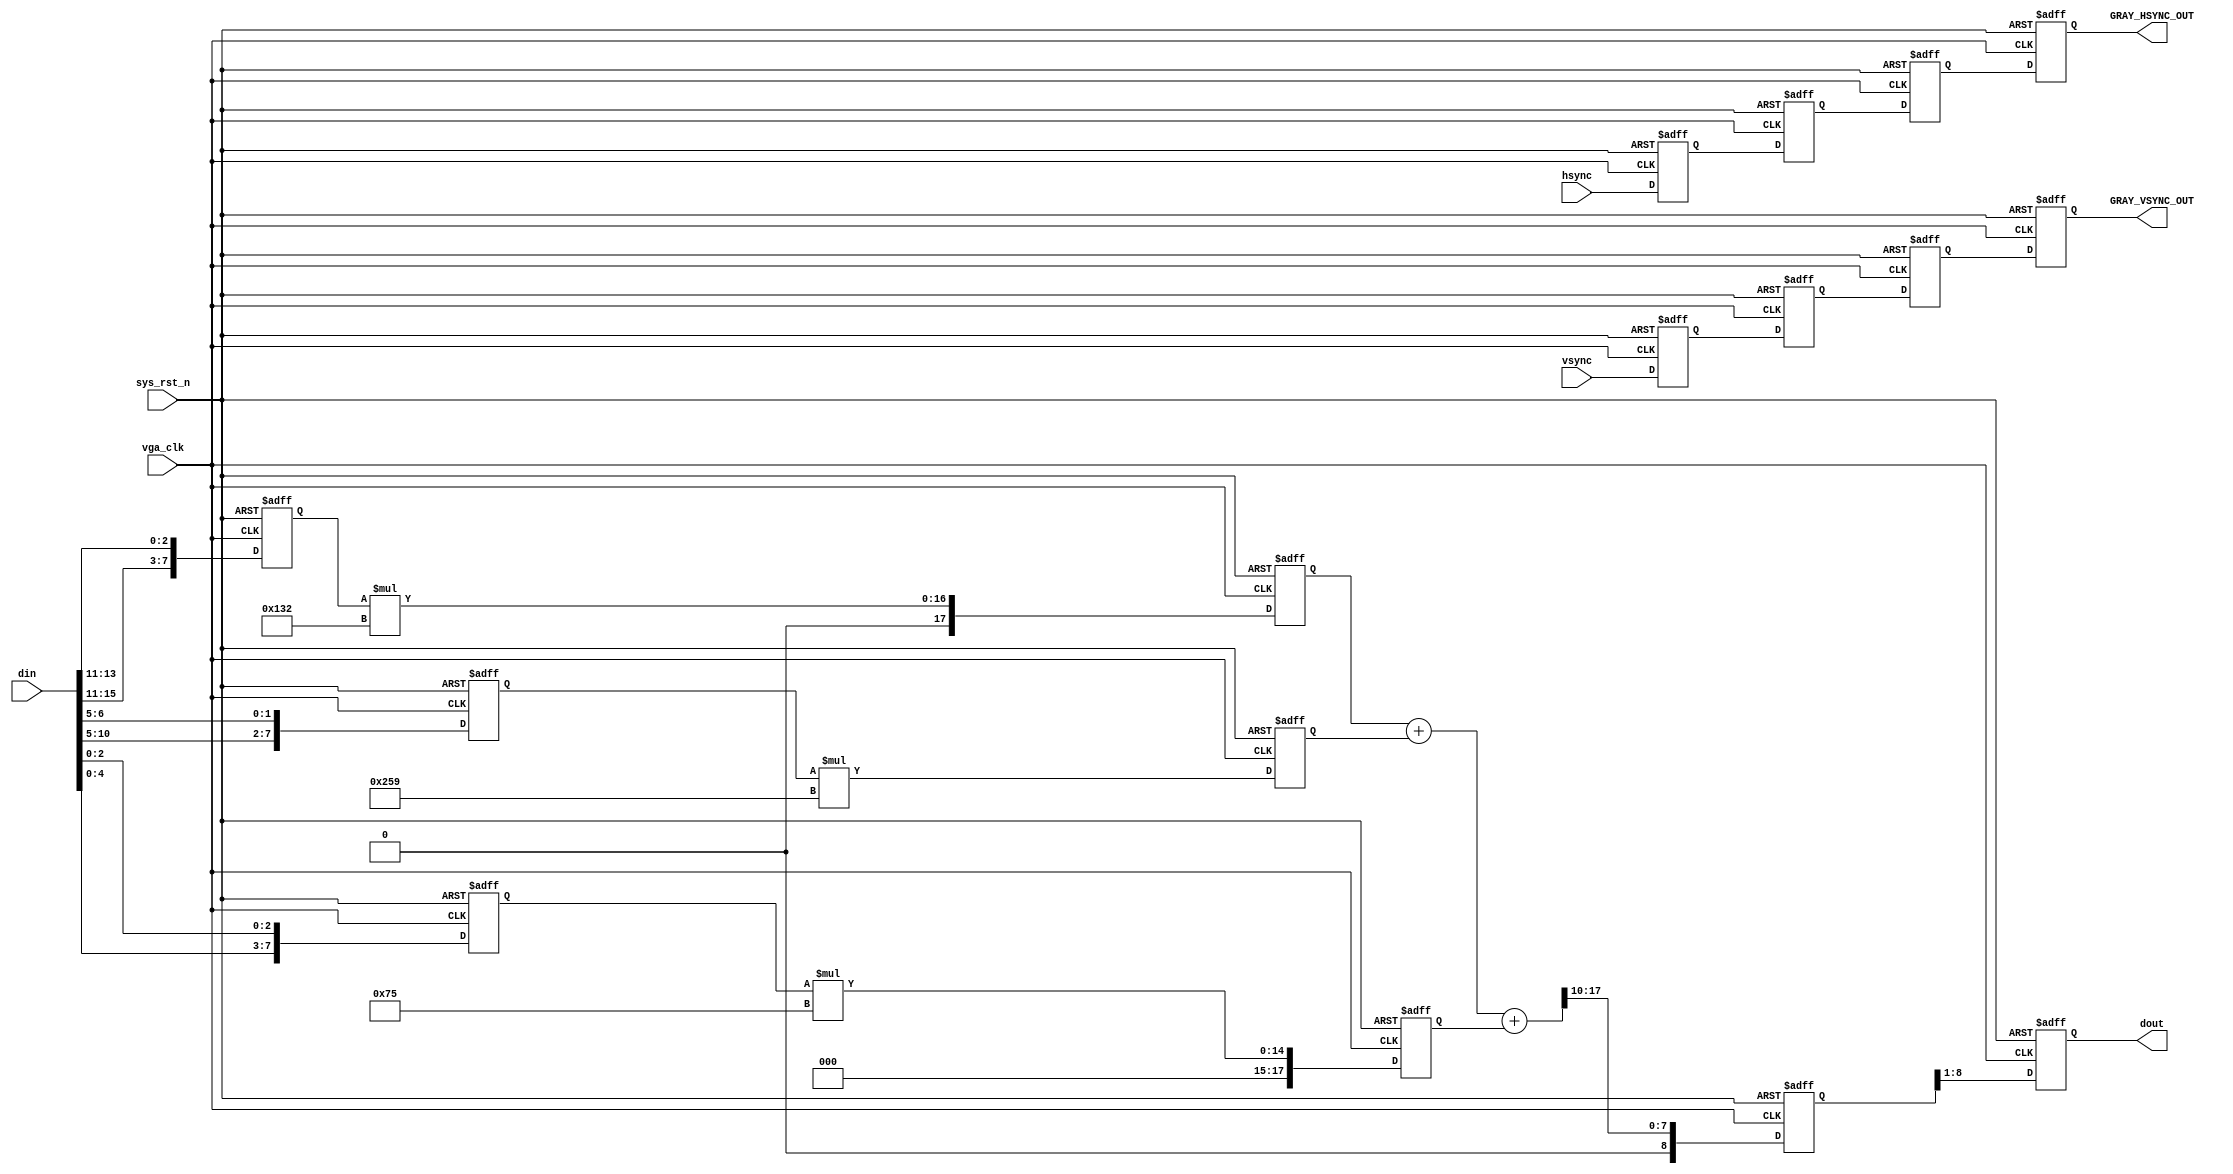

	module RGB_TO_GRAY
	(
		 input   wire            vga_clk     ,   //,25MHz
		 input   wire            sys_rst_n   ,   //,
		 
		 input   wire    [15:0]  din    ,   //
		 input  wire             hsync       ,   //
		 input  wire             vsync       ,   //
		 
		 output reg  [7:0]         dout,
		 output reg                GRAY_HSYNC_OUT,
		 output reg                GRAY_VSYNC_OUT
		 
	);

//////////delay 4 clocks///////////////////////////////////

	reg hsync_r1 = 1'b0;
	reg hsync_r2 = 1'b0;
	reg hsync_r3 = 1'b0;
	
	reg vsync_r1 = 1'b0;
	reg vsync_r2 = 1'b0;
	reg vsync_r3 = 1'b0;


	always @ (posedge vga_clk or negedge sys_rst_n)
	begin 
		if(~sys_rst_n)
			begin 
				hsync_r1 <= 1'b0;
				hsync_r2 <= 1'b0;
				hsync_r3 <= 1'b0;
				
				vsync_r1 <= 1'b0;
				vsync_r2 <= 1'b0;
				vsync_r3 <= 1'b0;
				
				GRAY_HSYNC_OUT <= 1'b0;
				GRAY_VSYNC_OUT <= 1'b0;
			end 
		else 
			begin 
				hsync_r1 <= hsync;
				hsync_r2 <= hsync_r1;
				hsync_r3 <= hsync_r2;
				GRAY_HSYNC_OUT <= hsync_r3;
				
				vsync_r1 <= vsync;
				vsync_r2 <= vsync_r1;
				vsync_r3 <= vsync_r2;
				GRAY_VSYNC_OUT <= vsync_r3;
			end 
	end 
	
	
	
	
	
	
	
	
	

	 reg     [7:0]       data_r  ;
    reg     [7:0]       data_g  ;
    reg     [7:0]       data_b  ;

    always  @(posedge vga_clk or negedge sys_rst_n)begin
        if(~sys_rst_n)begin
            data_r <= 0;
            data_g <= 0;
            data_b <= 0;
        end
        else //if(din_vld)
		  begin
            data_r <= {din[15:11],din[13:11]};      //  r5,r4,r3,r2,r1, r3,r2,r1
            data_g <= {din[10:5],din[6:5]}   ;
            data_b <= {din[4:0],din[2:0]}    ;
        end
    end


    reg     [17:0]      pixel_r ;
    reg     [17:0]      pixel_g ;
    reg     [17:0]      pixel_b ;
	
    //
    always  @(posedge vga_clk or negedge sys_rst_n)begin
        if(~sys_rst_n)begin
            pixel_r <= 0;
            pixel_g <= 0;
            pixel_b <= 0;
        end
        else// if(vld[0])
		  begin
            pixel_r <= data_r * 306;
            pixel_g <= data_g * 601;
            pixel_b <= data_b * 117;
        end
    end
    //
	 
	 reg     [17:0]      pixel   ;
	 
    always  @(posedge vga_clk or negedge sys_rst_n)begin
        if(~sys_rst_n)begin
            pixel <= 0;
        end
        else// if(vld[1])
		  begin
            pixel <= (pixel_r + pixel_g + pixel_b)>>10;
        end
    end

	
	


	 always  @(posedge vga_clk or negedge sys_rst_n)begin
        if(~sys_rst_n)begin
            dout <= 0;
        end
        else// if(vld[1])
		  begin
            dout <= pixel[8:1];
        end
    end
	
	

	
	
	
	
	
	
	
	
	
	

endmodule